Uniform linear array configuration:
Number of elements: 48
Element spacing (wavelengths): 0.5
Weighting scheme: kaiser
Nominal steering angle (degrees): -15
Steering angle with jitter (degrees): -14.591
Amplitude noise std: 0.05
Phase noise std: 0.05

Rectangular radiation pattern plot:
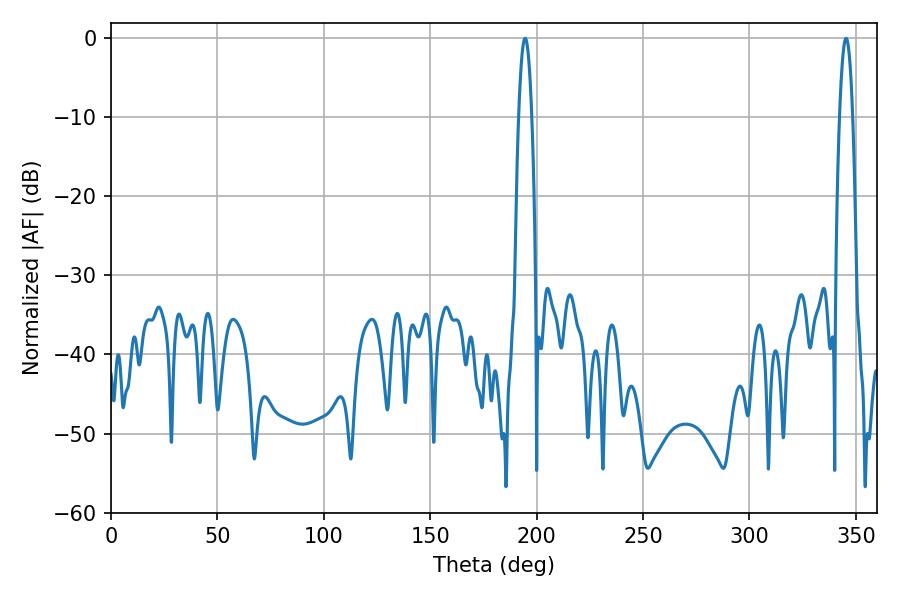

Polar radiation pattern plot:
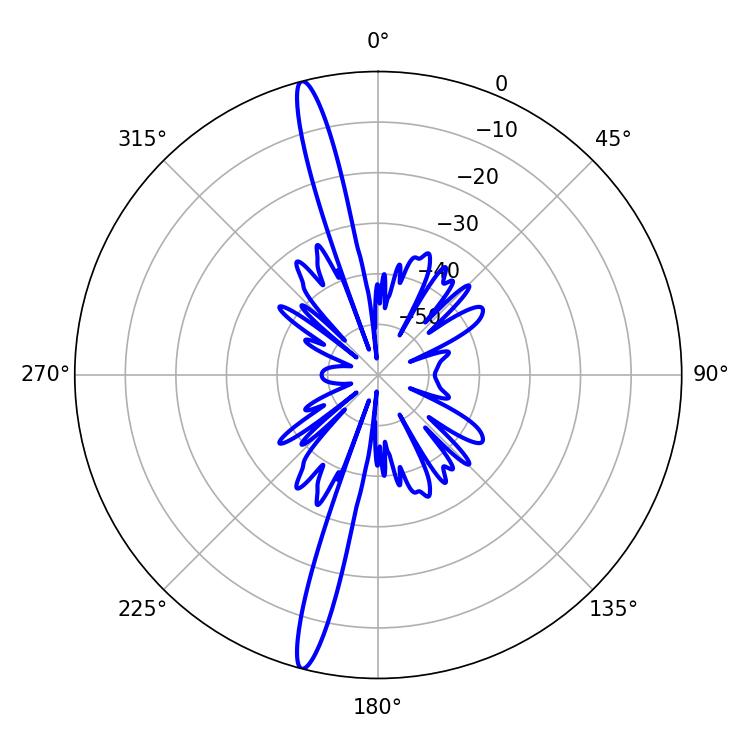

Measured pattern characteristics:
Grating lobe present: FALSE
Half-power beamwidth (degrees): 3.24
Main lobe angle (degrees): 194.58